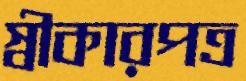
স্বীকারপত্র